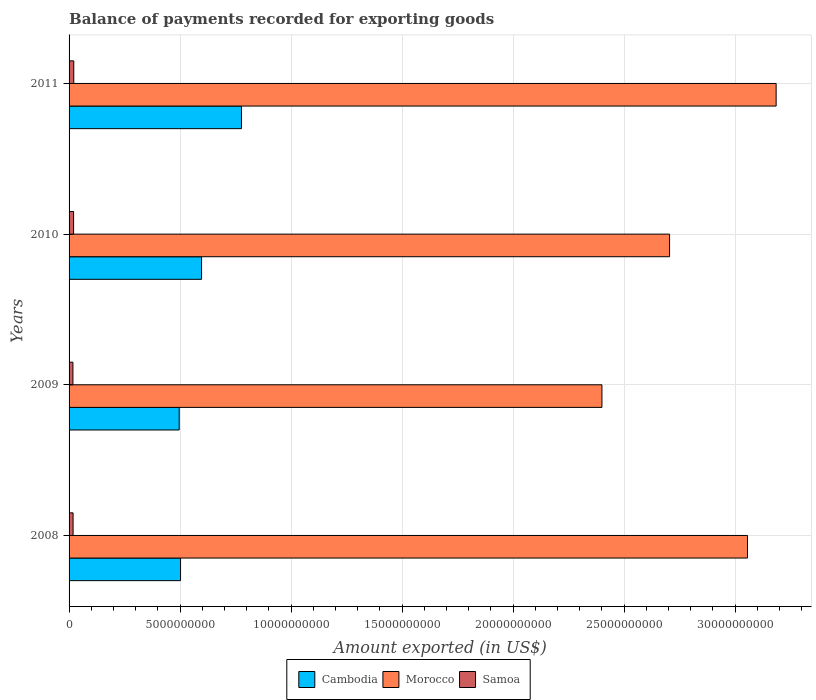
| Years | Cambodia | Morocco | Samoa |
 | --- | --- | --- | --- |
 | 2008 | 5.02e+09 | 3.06e+10 | 1.8e+08 |
 | 2009 | 4.96e+09 | 2.4e+10 | 1.74e+08 |
 | 2010 | 5.97e+09 | 2.7e+10 | 2.04e+08 |
 | 2011 | 7.76e+09 | 3.18e+10 | 2.12e+08 |